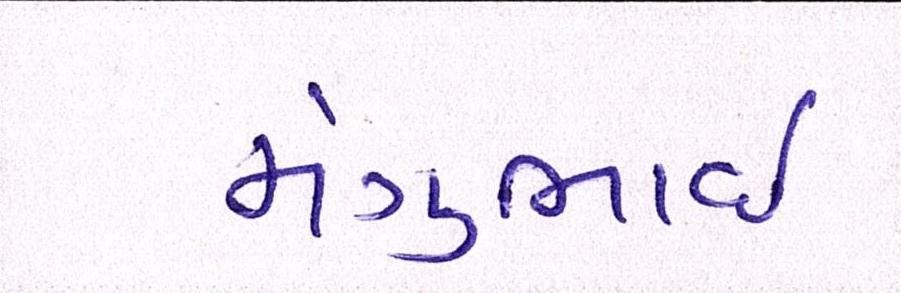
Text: મંગુભાઇ